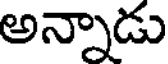
అన్నాడు